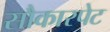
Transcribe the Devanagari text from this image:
सौकारपेट